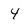
Character: 4